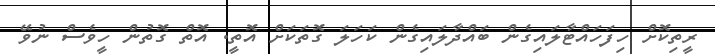
ރީތިކޮށް ހިފަހައްޓާލައިގެން ބައްދާލައިގެން ކަހަލަ ގޮތަކަށް އޮތީ. އޮތް ގޮތުން ހީވެސް ނުވޭ